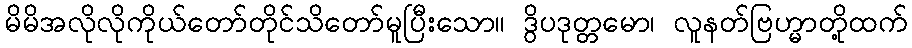
မိမိအလိုလိုကိုယ်တော်တိုင်သိတော်မူပြီးသော။ ဒွိပဒုတ္တမော၊ လူနတ်ဗြဟ္မာတို့ထက်